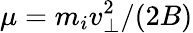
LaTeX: \mu=m_{i}v_{\perp}^{2}/(2B)